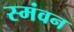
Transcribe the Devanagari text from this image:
स्मंवन